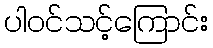
ပါဝင်သင့်ကြောင်း